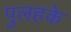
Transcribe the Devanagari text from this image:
पुलहके